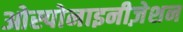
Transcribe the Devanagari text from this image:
ओस्पोनाइनीज़ेशन